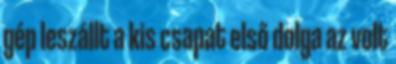
gép leszállt a kis csapat első dolga az volt